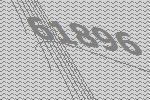
61896